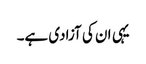
یہی ان کی آزادی ہے۔